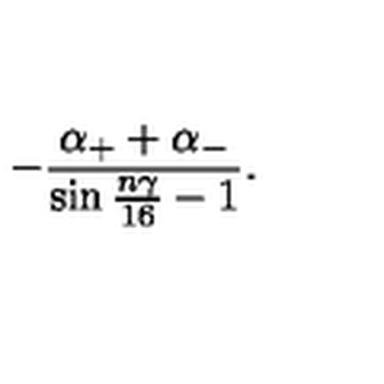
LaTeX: - \frac { \alpha _ { + } + \alpha _ { - } } { \sin { \frac { n \gamma } { 1 6 } } - 1 } .